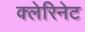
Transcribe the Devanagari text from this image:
क्लेरिनेट